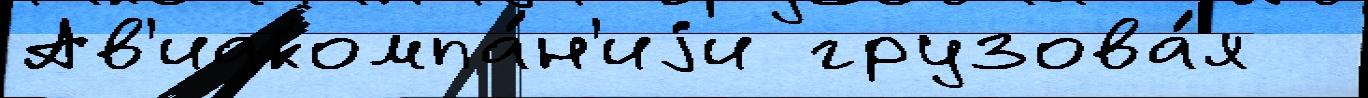
Ав'иакомпа́н'иjи грузова́я